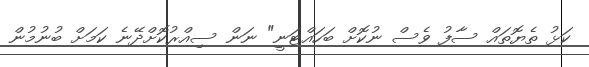
ކަޅު ތެޔޮތައް ސާފު ވެސް ނުކޮށް ބަހައްޓަނީ" ނަން ސިއްރުކޮށްދޭނެ ކަމަށް ބުނުމުން